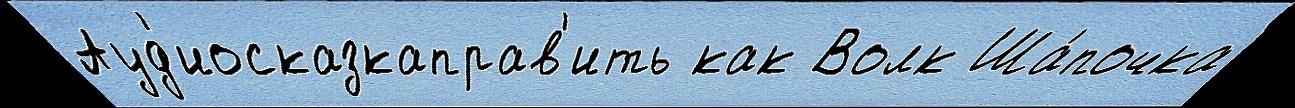
Ауд'иосказкаправ'ить как Волк Ша́почка